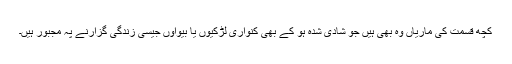
کچھ قسمت کی ماریاں وہ بھی ہیں جو شادی شدہ ہو کے بھی کنواری لڑکیوں یا بیواؤں جیسی زندگی گزارنے پہ مجبور ہیں۔